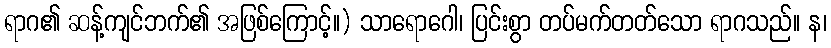
ရာဂ၏ ဆန့်ကျင်ဘက်၏ အဖြစ်ကြောင့်။) သာရောဂေါ၊ ပြင်းစွာ တပ်မက်တတ်သော ရာဂသည်။ န၊